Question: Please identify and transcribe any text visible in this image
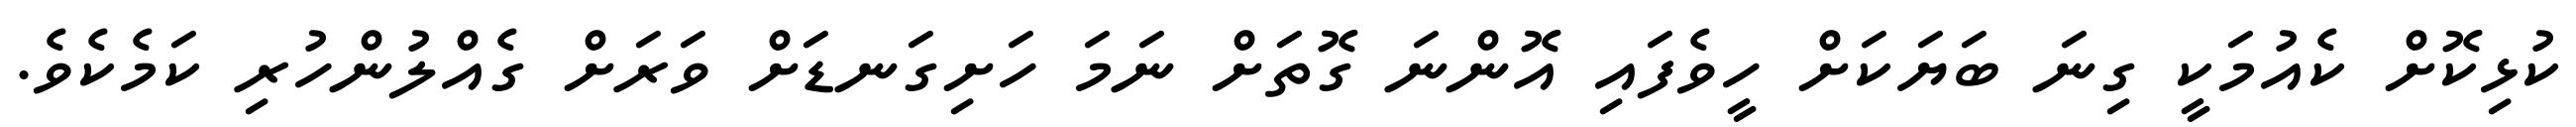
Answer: ކުޅިކޮށް ކެއުމަކީ ގިނަ ބަޔަކަށް ހީވެފައި އޮންނަ ގޮތަށް ނަމަ ހަށިގަނޑަށް ވަރަށް ގެއްލުންހުރި ކަމެކެވެ.